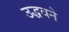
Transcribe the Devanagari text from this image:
उद्धवने